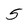
Character: 5